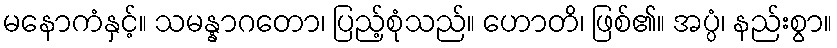
မနောကံနှင့်။ သမန္နာဂတော၊ ပြည့်စုံသည်။ ဟောတိ၊ ဖြစ်၏။ အပ္ပံ၊ နည်းစွာ။